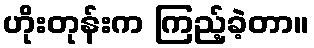
ဟိုးတုန်းက ကြည့်ခဲ့တာ။